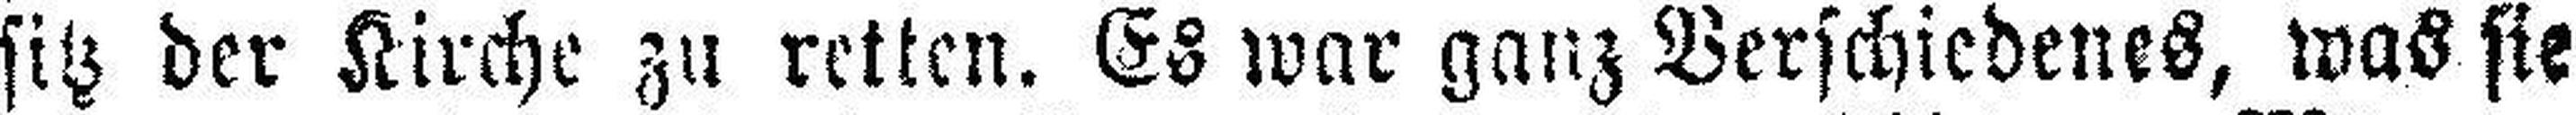
sitz der Kirche zu retten. Es war ganz Verschiedenes, was sie